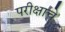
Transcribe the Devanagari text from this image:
परीक्षाचे